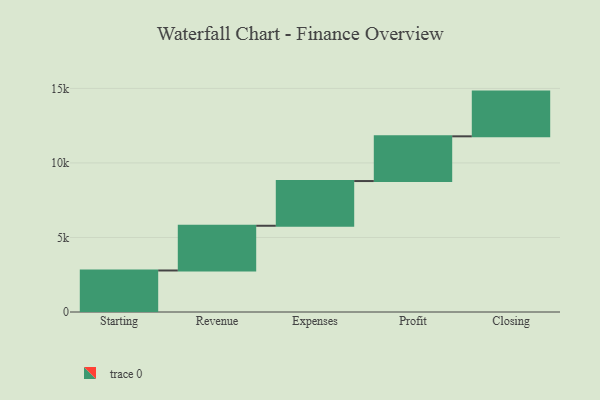
{"axis": {"x": "Step", "y": "Value"}, "legend": [""], "data": [{"x": "Starting", "y": 2785.0, "type": ""}, {"x": "Revenue", "y": 3000, "type": ""}, {"x": "Expenses", "y": 3000, "type": ""}, {"x": "Profit", "y": 3000, "type": ""}, {"x": "Closing", "y": 3000, "type": ""}]}